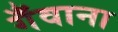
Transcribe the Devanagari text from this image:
गँवाना